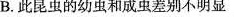
B.此昆虫的幼虫和成虫差别不明显